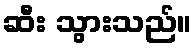
ဆီး သွားသည်။